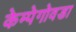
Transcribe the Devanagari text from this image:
केम्पेगोवडा